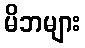
မိဘများ